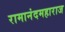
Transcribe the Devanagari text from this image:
रामानंदमहाराज